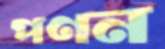
পণন